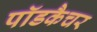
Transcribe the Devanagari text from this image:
पॉडकैचर